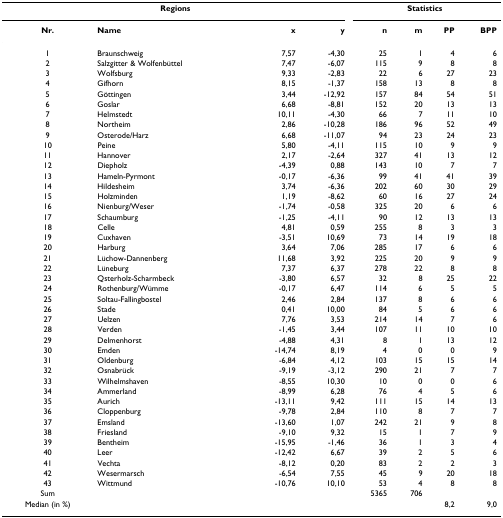
<table><thead><tr><td colspan="4"><b>Regions</b></td><td colspan="4"><b>Statistics</b></td></tr><tr><td><b>Nr.</b></td><td><b>Name</b></td><td><b>x</b></td><td><b>y</b></td><td><b>n</b></td><td><b>m</b></td><td><b>PP</b></td><td><b>BPP</b></td></tr></thead><tbody><tr><td>1</td><td>Braunschweig</td><td>7,57</td><td>-4,30</td><td>25</td><td>1</td><td>4</td><td>6</td></tr><tr><td>2</td><td>Salzgitter &amp; Wolfenbüttel</td><td>7,47</td><td>-6,07</td><td>115</td><td>9</td><td>8</td><td>8</td></tr><tr><td>3</td><td>Wolfsburg</td><td>9,33</td><td>-2,83</td><td>22</td><td>6</td><td>27</td><td>23</td></tr><tr><td>4</td><td>Gifhorn</td><td>8,15</td><td>-1,37</td><td>158</td><td>13</td><td>8</td><td>8</td></tr><tr><td>5</td><td>Göttingen</td><td>3,44</td><td>-12,92</td><td>157</td><td>84</td><td>54</td><td>51</td></tr><tr><td>6</td><td>Goslar</td><td>6,68</td><td>-8,81</td><td>152</td><td>20</td><td>13</td><td>13</td></tr><tr><td>7</td><td>Helmstedt</td><td>10,11</td><td>-4,30</td><td>66</td><td>7</td><td>11</td><td>10</td></tr><tr><td>8</td><td>Northeim</td><td>2,86</td><td>-10,28</td><td>186</td><td>96</td><td>52</td><td>49</td></tr><tr><td>9</td><td>Osterode/Harz</td><td>6,68</td><td>-11,07</td><td>94</td><td>23</td><td>24</td><td>23</td></tr><tr><td>10</td><td>Peine</td><td>5,80</td><td>-4,11</td><td>115</td><td>10</td><td>9</td><td>9</td></tr><tr><td>11</td><td>Hannover</td><td>2,17</td><td>-2,64</td><td>327</td><td>41</td><td>13</td><td>12</td></tr><tr><td>12</td><td>Diepholz</td><td>-4,39</td><td>0,88</td><td>143</td><td>10</td><td>7</td><td>7</td></tr><tr><td>13</td><td>Hameln-Pyrmont</td><td>-0,17</td><td>-6,36</td><td>99</td><td>41</td><td>41</td><td>39</td></tr><tr><td>14</td><td>Hildesheim</td><td>3,74</td><td>-6,36</td><td>202</td><td>60</td><td>30</td><td>29</td></tr><tr><td>15</td><td>Holzminden</td><td>1,19</td><td>-8,62</td><td>60</td><td>16</td><td>27</td><td>24</td></tr><tr><td>16</td><td>Nienburg/Weser</td><td>-1,74</td><td>-0,58</td><td>325</td><td>20</td><td>6</td><td>6</td></tr><tr><td>17</td><td>Schaumburg</td><td>-1,25</td><td>-4,11</td><td>90</td><td>12</td><td>13</td><td>13</td></tr><tr><td>18</td><td>Celle</td><td>4,81</td><td>0,59</td><td>255</td><td>8</td><td>3</td><td>3</td></tr><tr><td>19</td><td>Cuxhaven</td><td>-3,51</td><td>10,69</td><td>73</td><td>14</td><td>19</td><td>18</td></tr><tr><td>20</td><td>Harburg</td><td>3,64</td><td>7,06</td><td>285</td><td>17</td><td>6</td><td>6</td></tr><tr><td>21</td><td>Lüchow-Dannenberg</td><td>11,68</td><td>3,92</td><td>225</td><td>20</td><td>9</td><td>9</td></tr><tr><td>22</td><td>Lüneburg</td><td>7,37</td><td>6,37</td><td>278</td><td>22</td><td>8</td><td>8</td></tr><tr><td>23</td><td>Qsterholz-Scharmbeck</td><td>-3,80</td><td>6,57</td><td>32</td><td>8</td><td>25</td><td>22</td></tr><tr><td>24</td><td>Rothenburg/Wümme</td><td>-0,17</td><td>6,47</td><td>114</td><td>6</td><td>5</td><td>5</td></tr><tr><td>25</td><td>Soltau-Fallingbostel</td><td>2,46</td><td>2,84</td><td>137</td><td>8</td><td>6</td><td>6</td></tr><tr><td>26</td><td>Stade</td><td>0,41</td><td>10,00</td><td>84</td><td>5</td><td>6</td><td>6</td></tr><tr><td>27</td><td>Uelzen</td><td>7,76</td><td>3,53</td><td>214</td><td>14</td><td>7</td><td>6</td></tr><tr><td>28</td><td>Verden</td><td>-1,45</td><td>3,44</td><td>107</td><td>11</td><td>10</td><td>10</td></tr><tr><td>29</td><td>Delmenhorst</td><td>-4,88</td><td>4,31</td><td>8</td><td>1</td><td>13</td><td>12</td></tr><tr><td>30</td><td>Emden</td><td>-14,74</td><td>8,19</td><td>4</td><td>0</td><td>0</td><td>9</td></tr><tr><td>31</td><td>Oldenburg</td><td>-6,84</td><td>4,12</td><td>103</td><td>15</td><td>15</td><td>14</td></tr><tr><td>32</td><td>Osnabrück</td><td>-9,19</td><td>-3,12</td><td>290</td><td>21</td><td>7</td><td>7</td></tr><tr><td>33</td><td>Wilhelmshaven</td><td>-8,55</td><td>10,30</td><td>10</td><td>0</td><td>0</td><td>6</td></tr><tr><td>34</td><td>Ammerland</td><td>-8,99</td><td>6,28</td><td>76</td><td>4</td><td>5</td><td>6</td></tr><tr><td>35</td><td>Aurich</td><td>-13,11</td><td>9,42</td><td>111</td><td>15</td><td>14</td><td>13</td></tr><tr><td>36</td><td>Cloppenburg</td><td>-9,78</td><td>2,84</td><td>110</td><td>8</td><td>7</td><td>7</td></tr><tr><td>37</td><td>Emsland</td><td>-13,60</td><td>1,07</td><td>242</td><td>21</td><td>9</td><td>8</td></tr><tr><td>38</td><td>Friesland</td><td>-9,10</td><td>9,32</td><td>15</td><td>1</td><td>7</td><td>9</td></tr><tr><td>39</td><td>Bentheim</td><td>-15,95</td><td>-1,46</td><td>36</td><td>1</td><td>3</td><td>4</td></tr><tr><td>40</td><td>Leer</td><td>-12,42</td><td>6,67</td><td>39</td><td>2</td><td>5</td><td>6</td></tr><tr><td>41</td><td>Vechta</td><td>-8,12</td><td>0,20</td><td>83</td><td>2</td><td>2</td><td>3</td></tr><tr><td>42</td><td>Wesermarsch</td><td>-6,54</td><td>7,55</td><td>45</td><td>9</td><td>20</td><td>18</td></tr><tr><td>43</td><td>Wittmund</td><td>-10,76</td><td>10,10</td><td>53</td><td>4</td><td>8</td><td>8</td></tr><tr><td>Sum</td><td></td><td></td><td></td><td>5365</td><td>706</td><td></td><td></td></tr><tr><td>Median (in %)</td><td></td><td></td><td></td><td></td><td></td><td>8,2</td><td>9,0</td></tr></tbody></table>